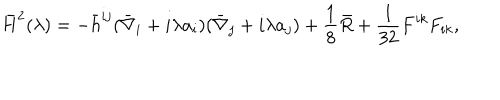
\bar { H } ^ { 2 } ( \lambda ) = - \bar { h } ^ { i j } ( \bar { \nabla } _ { i } + i \lambda a _ { i } ) ( \bar { \nabla } _ { j } + i \lambda a _ { j } ) + \frac 1 8 \bar { R } + { \frac { 1 } { 3 2 } } F ^ { i k } F _ { i k } ,